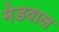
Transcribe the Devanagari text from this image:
मेडवाल